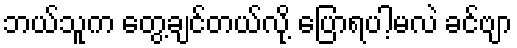
ဘယ်သူက တွေ့ချင်တယ်လို့ ပြောရပါ့မလဲ ခင်ဗျာ